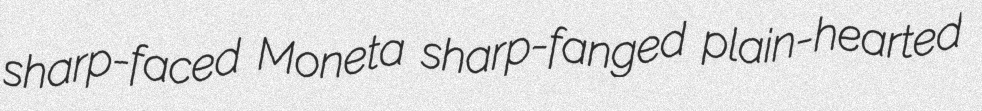
sharp-faced Moneta sharp-fanged plain-hearted